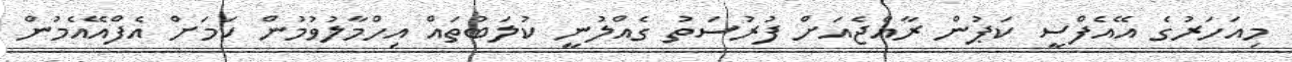
މިއަހަރުގެ އޭއެފްސީ ކަޕުން ރާއްޖެއަށް ފުރުސަތު ގެއްލުނީ ކުލަބުތައް އިހްމާލުވުމުން ކަމަށް އެފްއޭއެމުން